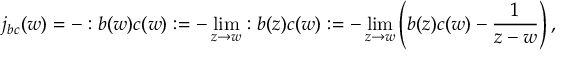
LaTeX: j _ { b c } ( w ) = - : b ( w ) c ( w ) : = - \operatorname * { l i m } _ { z \to w } : b ( z ) c ( w ) : = - \operatorname * { l i m } _ { z \to w } \left( b ( z ) c ( w ) - \frac { 1 } { z - w } \right) ,